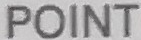
POINT